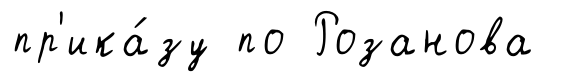
пр'ика́зу по Розанова